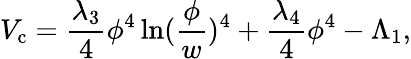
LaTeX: V_{\mathrm{c}}={\frac{\lambda_{3}}{4}}\phi^{4}\ln({\frac{\phi}{w}})^{4}+{\frac{\lambda_{4}}{4}}\phi^{4}-\Lambda_{1},